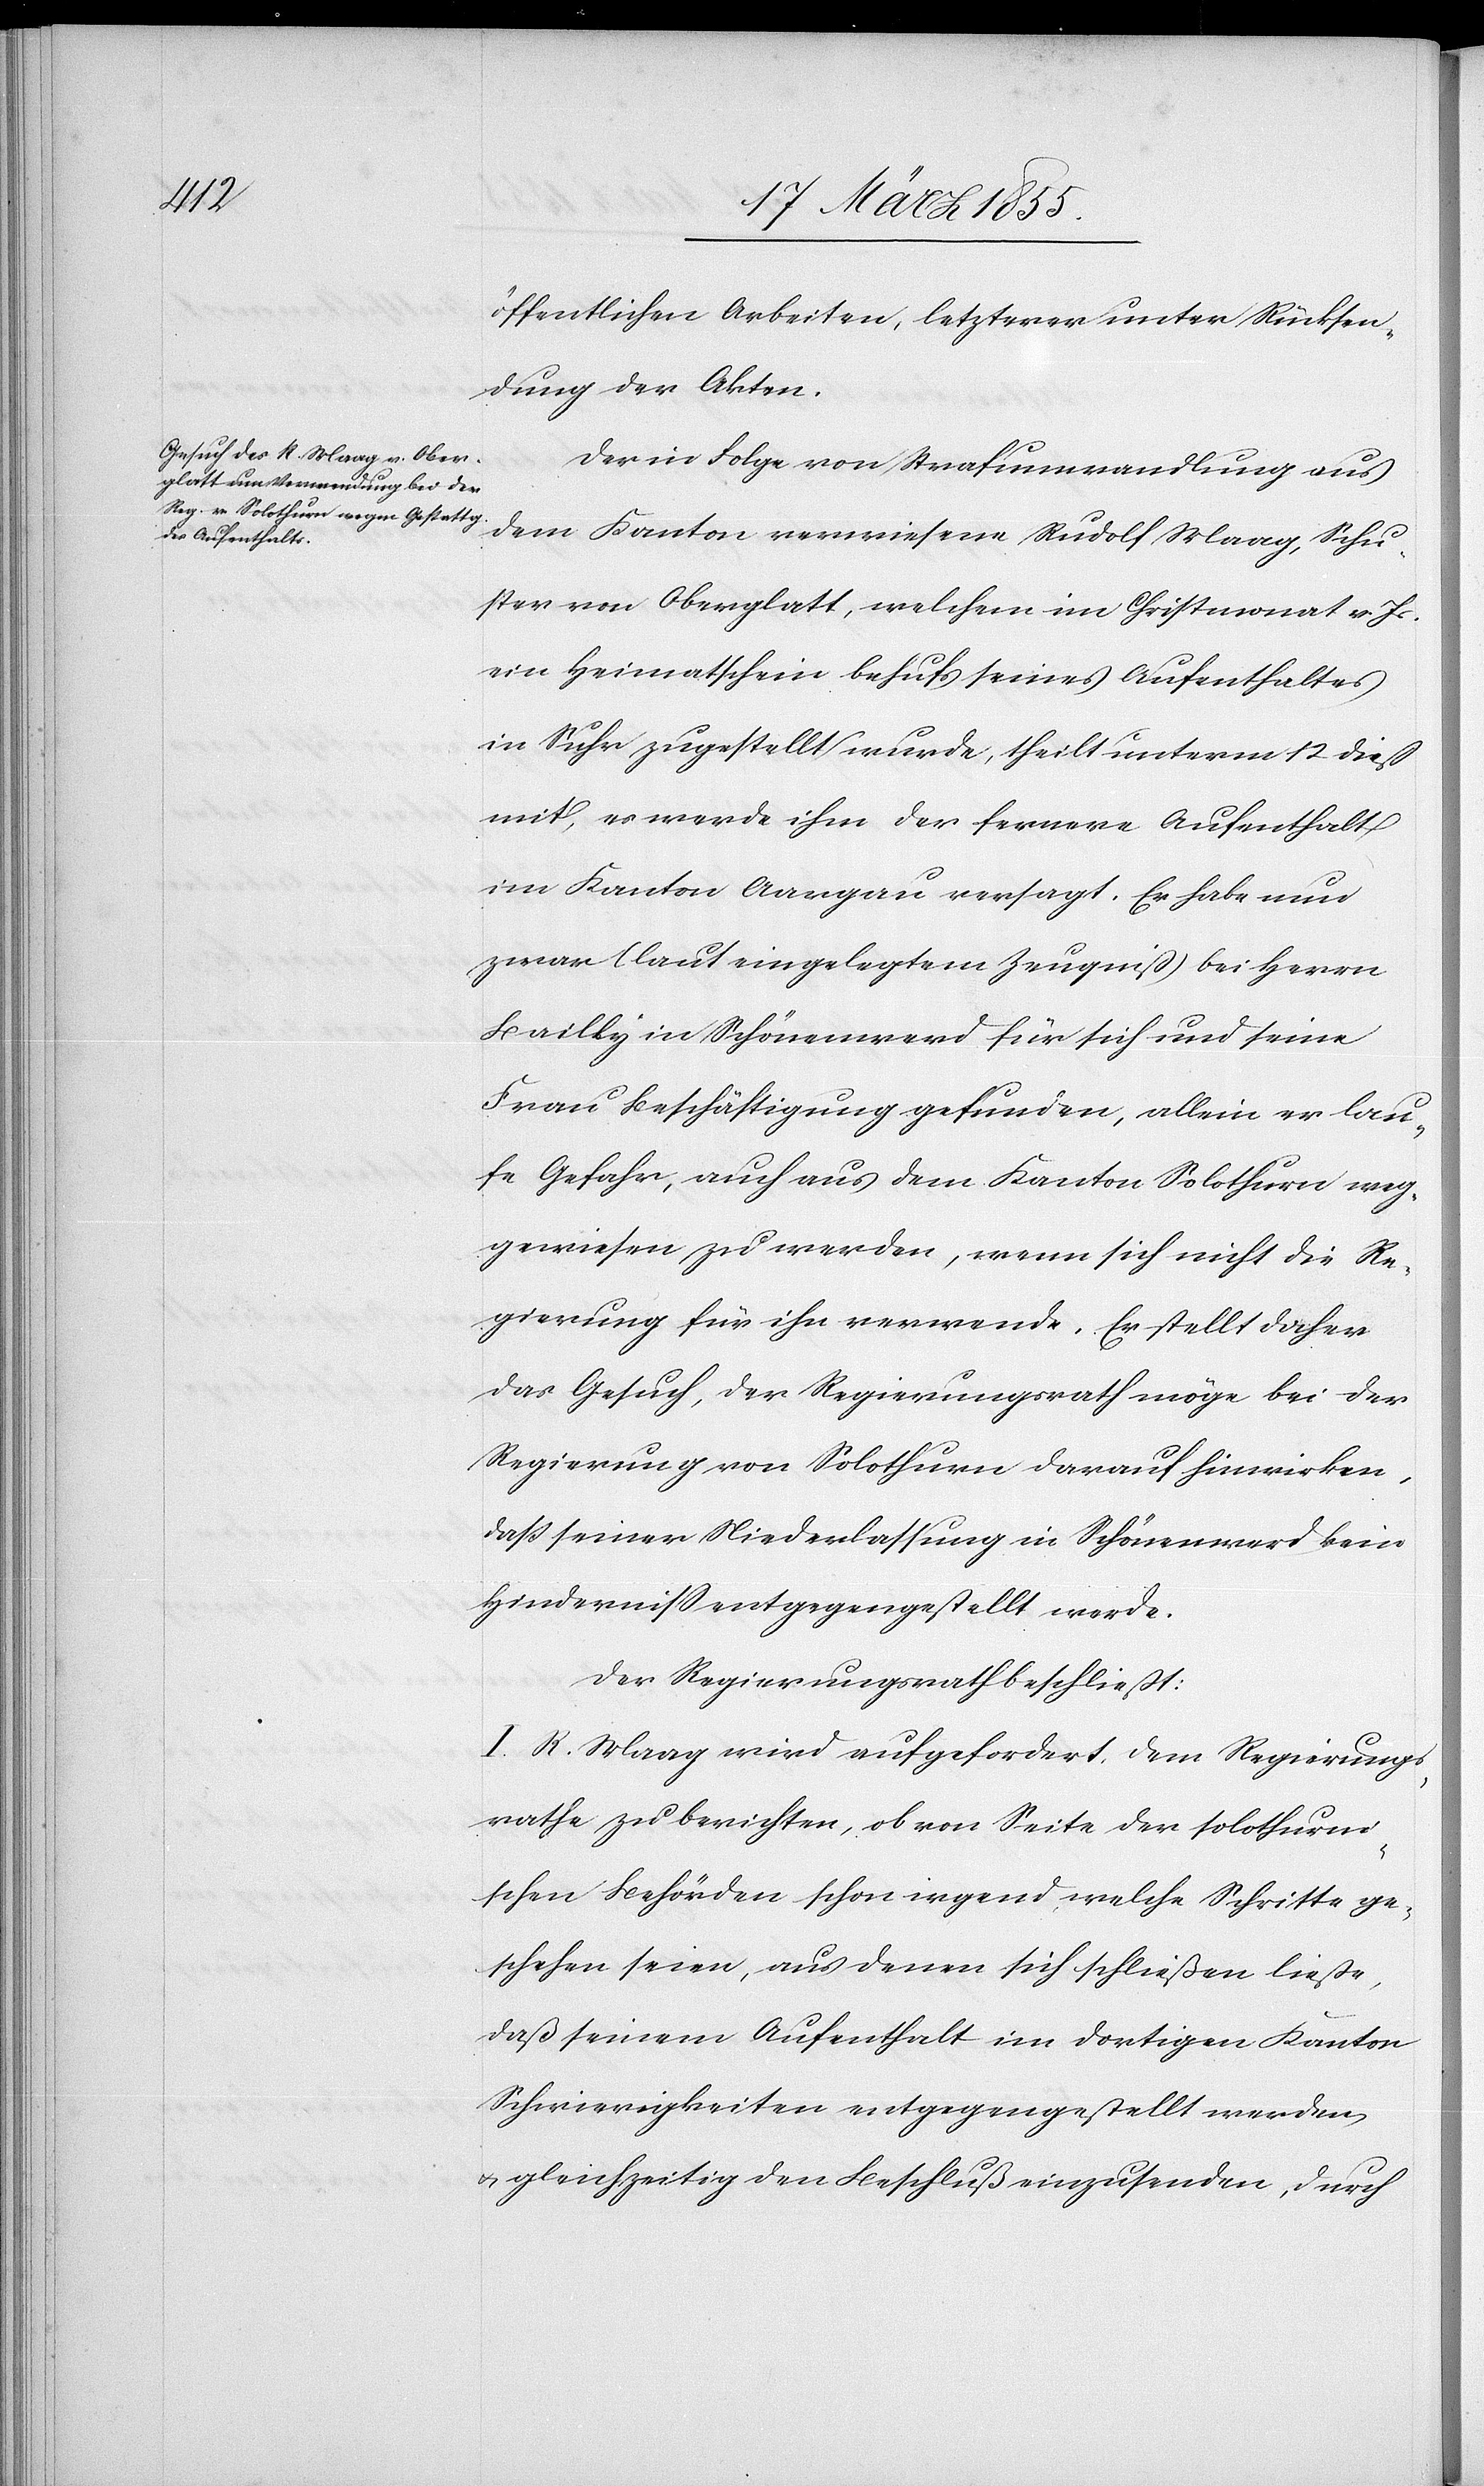
öffentlichen Arbeiten, letzterer unter Rücksen¬
dung der Akten.
Der in Folge von Strafumwandlung aus
dem Kanton verwiesene Rudolf Maag, Schu¬
ster von Oberglatt, welchem im Christmonat v. Js.
ein Heimatschein behufs seines Aufenthaltes
in Suhr zugestellt wurde, theilt unterm 12 dieß
mit, es werde ihm der fernere Aufenthalt
im Kanton Aargau versagt. Er habe nun
zwar (laut eingelegtem Zeugniß) bei Herrn
Bailly in Schönenwerd für sich und seine
Frau Beschäftigung gefunden, allein er lau¬
fe Gefahr, auch aus dem Kanton Solothurn weg¬
gewiesen zu werden, wenn sich nicht die Re¬
gierung für ihn verwende. Er stellt daher
das Gesuch, der Regierungsrath möge bei der
Regierung von Solothurn darauf hinwirken,
daß seiner Niederlassung in Schönenwerd kein
Hinderniss entgegengestellt werde.
Der Regierungsrath beschließt:
I. R. Maag wird aufgefordert, dem Regierungs¬
rathe zu berichten, ob von Seite der solothurni¬
schen Behörden schon irgend welche Schritte ge¬
schehen seien, aus denen sich schließen ließe,
daß seinem Aufenthalt im dortigen Kanton
Schwierigkeiten entgegengestellt werden
& gleichzeitig den Beschluß einzusenden, durch